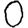
Digit: 0